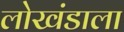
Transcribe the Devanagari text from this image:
लोखंडाला